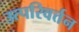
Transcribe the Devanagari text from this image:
उत्परिवर्त्तन